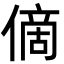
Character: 㒀